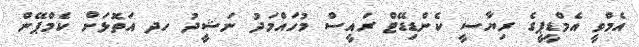
އެމްވީ އެމްޑީޕީގެ ރިޔާސީ ކެންޑިޑޭޓް ރައީސް މުހައްމަދު ނަޝީދު ހދ އަތޮޅަށް ކެމްޕޭން